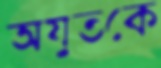
অযুতকে